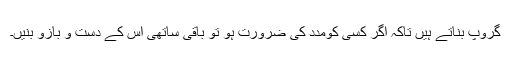
گروپ بناتے ہیں تاکہ اگر کسی کومدد کی ضرورت ہو تو باقی ساتھی اس کے دست و بازو بنیں۔